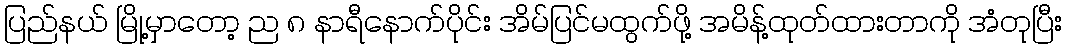
ပြည်နယ် မြို့မှာတော့ ည ၈ နာရီနောက်ပိုင်း အိမ်ပြင်မထွက်ဖို့ အမိန့်ထုတ်ထားတာကို အံတုပြီး